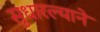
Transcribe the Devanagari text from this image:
सुधारल्याने